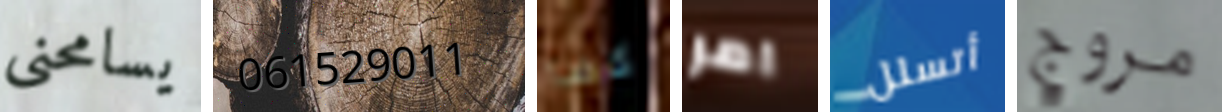
يسامحني 061529011 كما امر أتسلل مروج